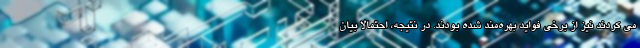
می کردند نیز از برخی فواید بهره‌مند شده بودند. در نتیجه، احتمالا بیان